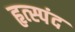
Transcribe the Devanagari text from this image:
हृत्स्पंद